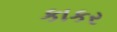
કાકર